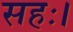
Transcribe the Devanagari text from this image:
सहः।